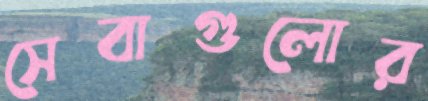
সেবাগুলোর